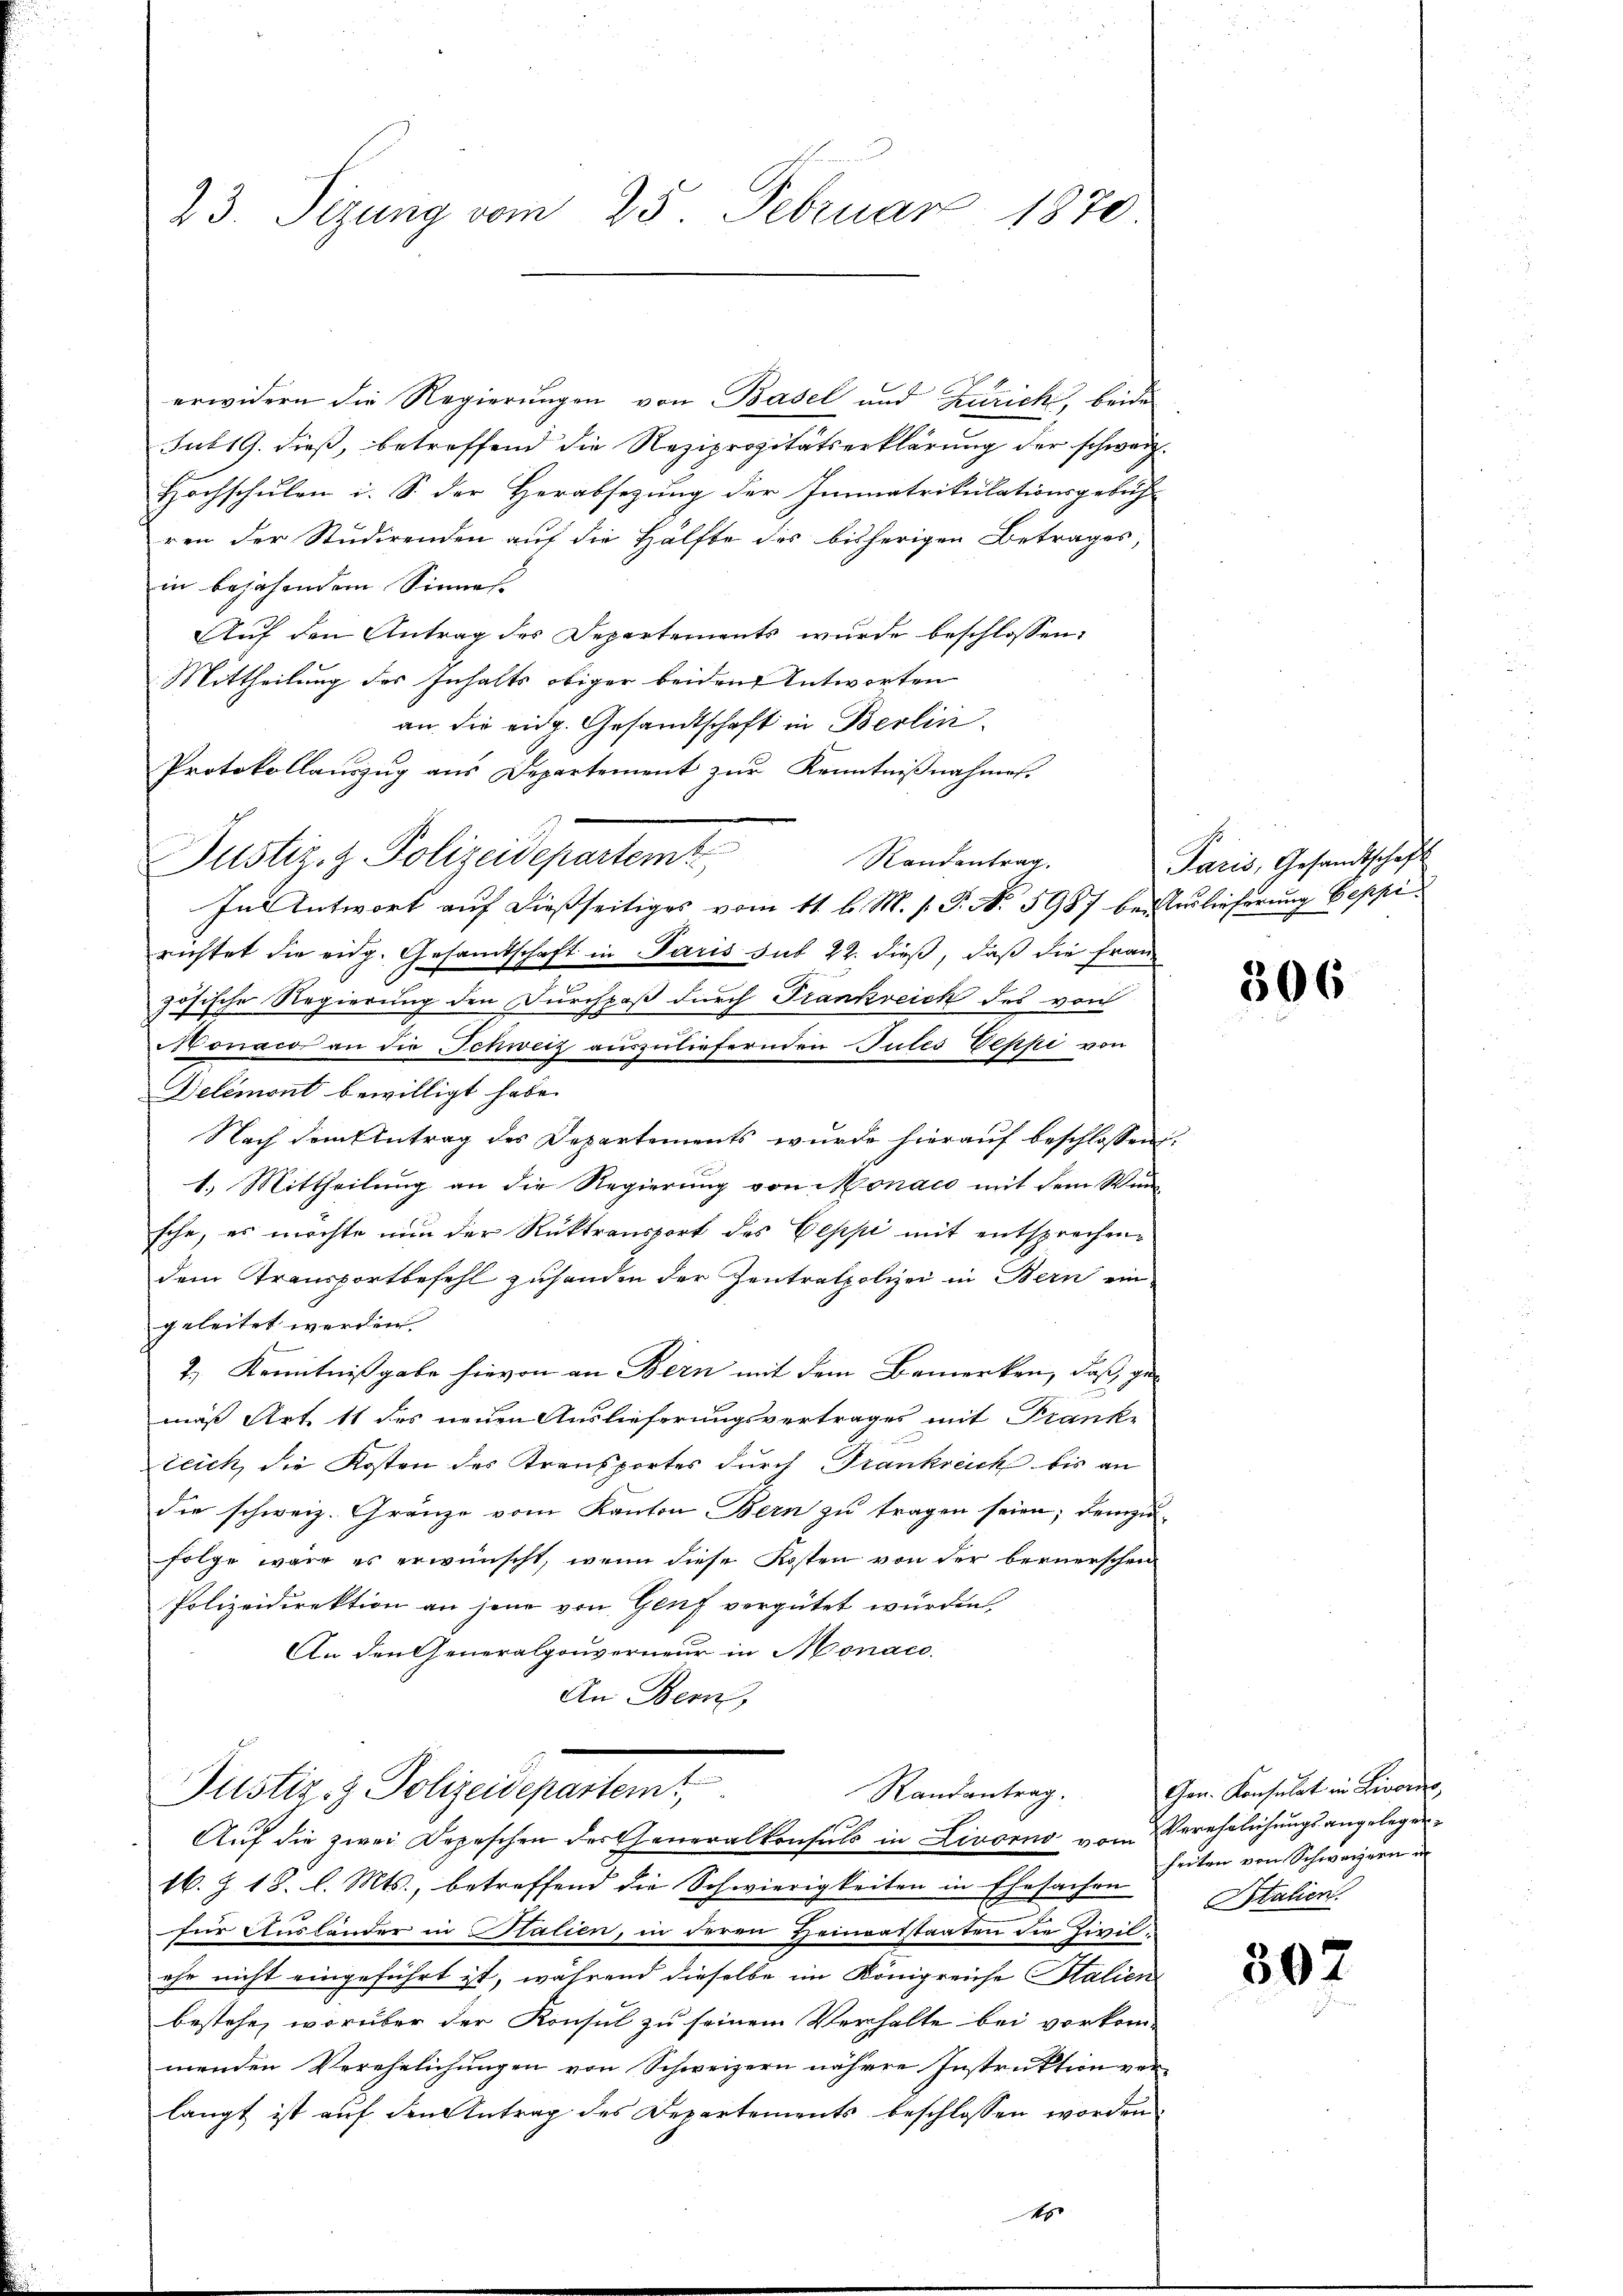
23. Sizung vom 25. Februar 1870.

erwidern die Regierungen von Basel und Zürich, beide
sub 19. dieß, betreffend die Reziprozitätserklärung der schweiz.
Hochschulen i. S. der Herabsezung der Immatrikulationsgebüh-
ren der Studirenden auf die Hälfte des bisherigen Betrages
in bejahendem Sinnes.
Aŭf den Antrag des Departements wurde beschlossen:
Mittheilung des Inhalts obiger beiden Antworten
an die eidg. Gesandtschaft in Berlin¬
Protokollauszug aus Departement zur Kenntnißnahmes.
Randantrag.
In Antwort auf dießseitiges vom 11. l. M. h. T. No. 5987 bei Auslieferung Beppi
richtet die eidg. Gesamtschaft in Paris sub 22. dieß, daß die Frau
zösische Regierung den Durchpaß durch Trankreich des von
Monacor an die Schweiz auszuliefernden Gutes Veppe von
Delémont bewilligt habe.
Nach dem Antrag des Departements wurde hierauf beschlossen
1.) Mittheilung an die Regierung von Monaco mit dem Wunsche, es möchte nun der Rüktransport des Geppi mit entsprechendem Transportbefehl zuhanden der Zentralpolizei in Bern ein
geleitet werden
2.) Kenntnißgabe hievon an Bern mit dem Bemerken, daß gemäß Art. 11 des neuen Auslieferungsvertrages mit Franke
leich, die Kosten des Transportes durch Frankreich bis an
die schweiz. Gränze vom Kanton Bern zu tragen seien; demzufolge wäre es erwünscht, wenn diese Kosten von der bernerschen
Polizeidirektion an jene von Genf vergütet wurden,
An den Generalgouverneur in Monac
An Bern,

Justiz z. Polizeidepartemt

Justiz- & Polizeidepartem
Randantrag.
Auf die zwei Depeschen der Generalkonsuls in Livorno vom Verehelichungsangelegen¬

Ap

16. J. 18. l. Mts., betreffend die Schwierigkeiten in Ehesachen
für Auslander in Stalien, in deren Heinratstaaten die Zivilehe nicht eingeführt ist, während dieselbe im Königreiche Stalien
bestehe, worüber der Konsul zu seinem Verhalte bei vorkom-
menden Verehelichungen von Schweizern nähere Instruktion vor-
langt ist auf den Antrag des Departements beschlossen worden.

Paris, Gesandtschaft

a

306

Gen. Konsulat in Livors
heiten von Schweizern in
Italien.

307